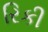
રિકી